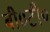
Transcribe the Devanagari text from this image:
बी०टी०